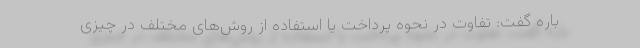
باره گفت: تفاوت در نحوه پرداخت یا استفاده از روش‌های مختلف در چیزی